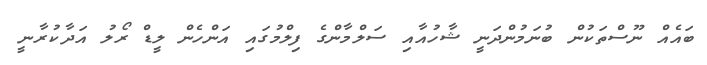
ބައެއް ނޫސްތަކުން ބުނަމުންދަނީ ޝާހުއާއި ސަލްމާންގެ ފިލްމުގައި އަންހެން ލީޑް ރޯލު އަދާކުރާނީ